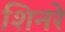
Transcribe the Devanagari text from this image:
शिनरे